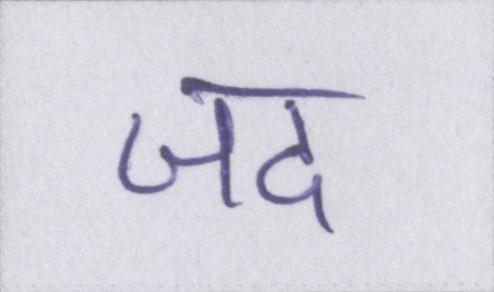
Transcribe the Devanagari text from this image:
जद